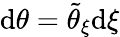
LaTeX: \mathrm{d}\theta=\tilde{\theta}_{\xi}\mathrm{d}\xi